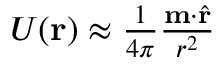
\begin{array} { r } { U ( \mathbf { r } ) \approx \frac { 1 } { 4 \pi } \frac { \mathbf { m } \cdot \hat { \mathbf { r } } } { r ^ { 2 } } } \end{array}